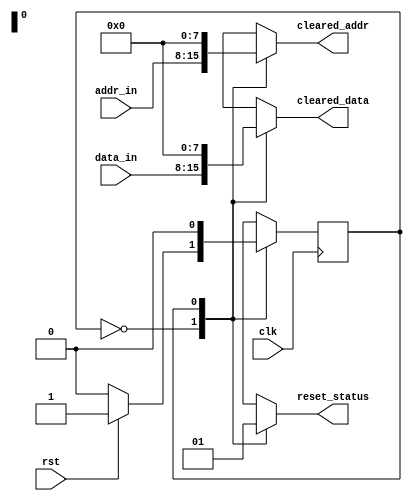
module sync_reset_detector (
    input wire clk,              // Main clock signal
    input wire rst,              // Reset signal
    input wire [N-1:0] data_in,  // Input data signals from memory blocks
    input wire [M-1:0] addr_in,  // Input address signals from memory blocks
    output reg reset_status,      // Reset status output
    output reg [N-1:0] cleared_data, // Cleared state of the monitored data signals
    output reg [M-1:0] cleared_addr  // Cleared state of the monitored address signals
);
    
parameter N = 8; // Example size for data signals
parameter M = 8; // Example size for address signals

// State encoding
localparam IDLE = 1'b0;
localparam RESET = 1'b1;

reg current_state, next_state;

// Always block for state transition
always @(posedge clk) begin
    current_state <= next_state;
end

// Always block for next state logic and output logic
always @(*) begin
    case (current_state)
        IDLE: begin
            if (rst) begin
                next_state = RESET;
            end else begin
                next_state = IDLE;
            end
            reset_status = 1'b0; // Not in reset state
            cleared_data = data_in; // Retain current data
            cleared_addr = addr_in; // Retain current address
        end
        
        RESET: begin
            next_state = IDLE; // Transition back to IDLE after reset
            reset_status = 1'b1; // Indicate that we are in reset state
            cleared_data = {N{1'b0}}; // Clear data signals to zero
            cleared_addr = {M{1'b0}}; // Clear address signals to zero
        end
        
        default: begin
            next_state = IDLE; // Fallback to IDLE
            reset_status = 1'b0;
            cleared_data = data_in;
            cleared_addr = addr_in;
        end
    endcase
end

endmodule